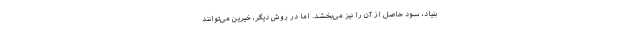
بنیاد، سود حاصل از آن را نیز می‌بخشد. اما در روش دیگر، خیرین می‌توانند